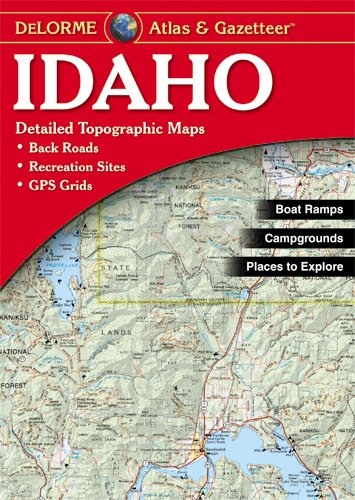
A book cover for Idaho Atlas & Gazetteer; Delorme; Reference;